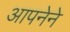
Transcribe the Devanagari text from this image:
आपनेने